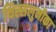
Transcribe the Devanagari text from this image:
थिस्सलुनीका